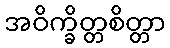
အဝိက္ခိတ္တစိတ္တာ